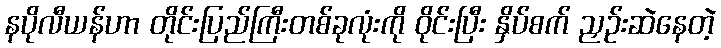
နပိုလီယန်ဟာ တိုင်းပြည်ကြီးတစ်ခုလုံးကို ဝိုင်းပြီး နှိပ်စက် ညှဉ်းဆဲနေတဲ့